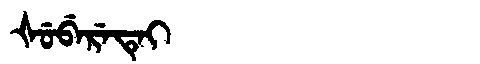
Manchu: ᡧᡠᠪᡝᡵᡝᡨᡝᡳ
Romanization: ŠUBERETEI